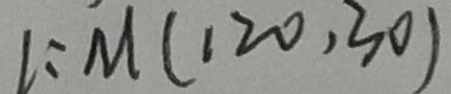
l = M ( 1 2 0 , 3 0 )